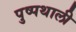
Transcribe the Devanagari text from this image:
पुष्पथाली